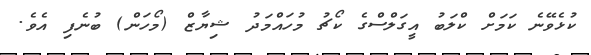
ކުޅެވޭނެ ކަމަށް ކްލަބު އީގަލްސްގެ ކޯޗު މުހައްމަދު ޝިޔާޒް (މޯހަން) ބުނެފި އެވެ.